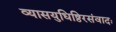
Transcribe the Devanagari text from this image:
व्यासयुधिष्ठिरसंवादः